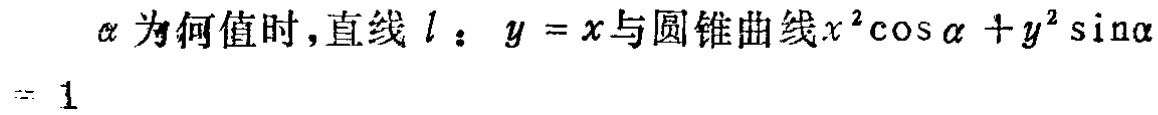
$\alpha$ 为何值时，直线$l$：$y = x$与圆锥曲线$x^{2}\cos\alpha + y^{2}\sin\alpha = 1$